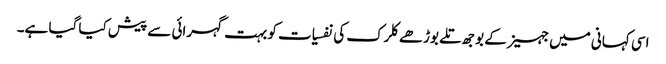
اسی کہانی میں جہیز کے بوجھ تلے بوڑھے کلرک کی نفسیات کو بہت گہرائی سے پیش کیا گیا ہے۔